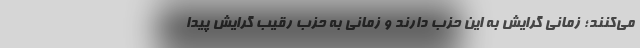
می‌کنند؛ زمانی گرایش به این حزب دارند و زمانی به حزب رقیب گرایش پیدا